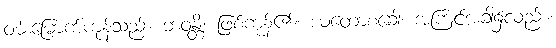
ဝမ်းမြောက်ကုန်သည်။ ဘဝန္တိ၊ ဖြစ်ကုန်၏။ ယတောစခေါ၊ အကြင်အခါ၌လည်း။